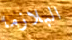
البلازما